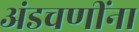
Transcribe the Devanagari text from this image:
अंडचणींना